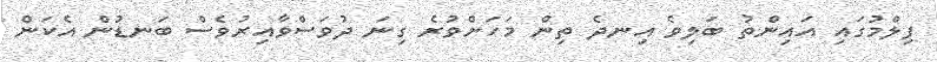
ފިލްމުގައި އައިންތު ބަލިވެ އިނދެ ތިން މަހަށްވުރެ ގިނަ ދުވަސްވާއިރުވެސް ބަނޑުން އެކަން